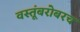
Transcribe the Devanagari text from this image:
वस्तूंबरोबरच